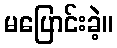
မပြောင်းခဲ့။